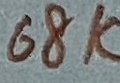
Text: 68K